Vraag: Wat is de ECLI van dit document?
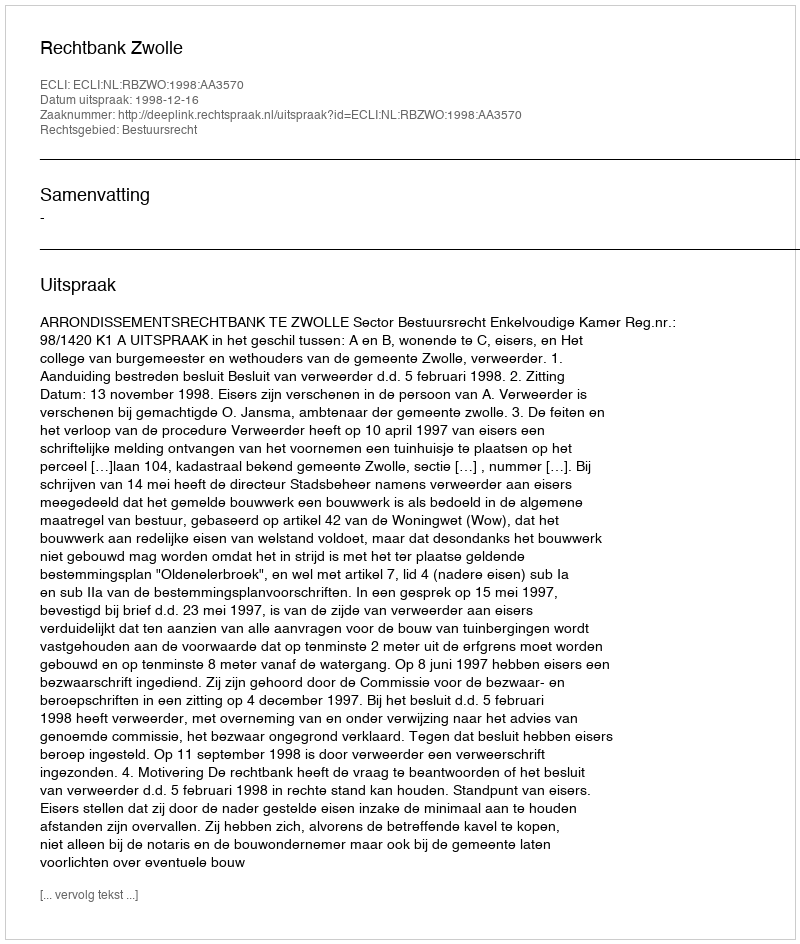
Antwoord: ECLI:NL:RBZWO:1998:AA3570